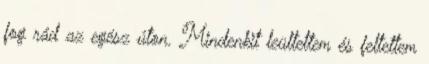
fog rád az egész úton. Mindenkit leültettem és feltettem